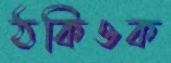
ঠকিওক